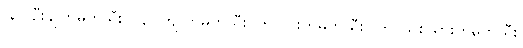
(၃) ဦးချိုကမ္ပတ်သီး၊ (၄) ကျူကမ္ပတ်သီး၊ (၅) ဝါးကမ္ပတ်သီး၊ (၆) သစ်သားကမ္ပတ်သီး၊